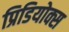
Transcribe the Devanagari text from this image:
प्रिडियोक्स